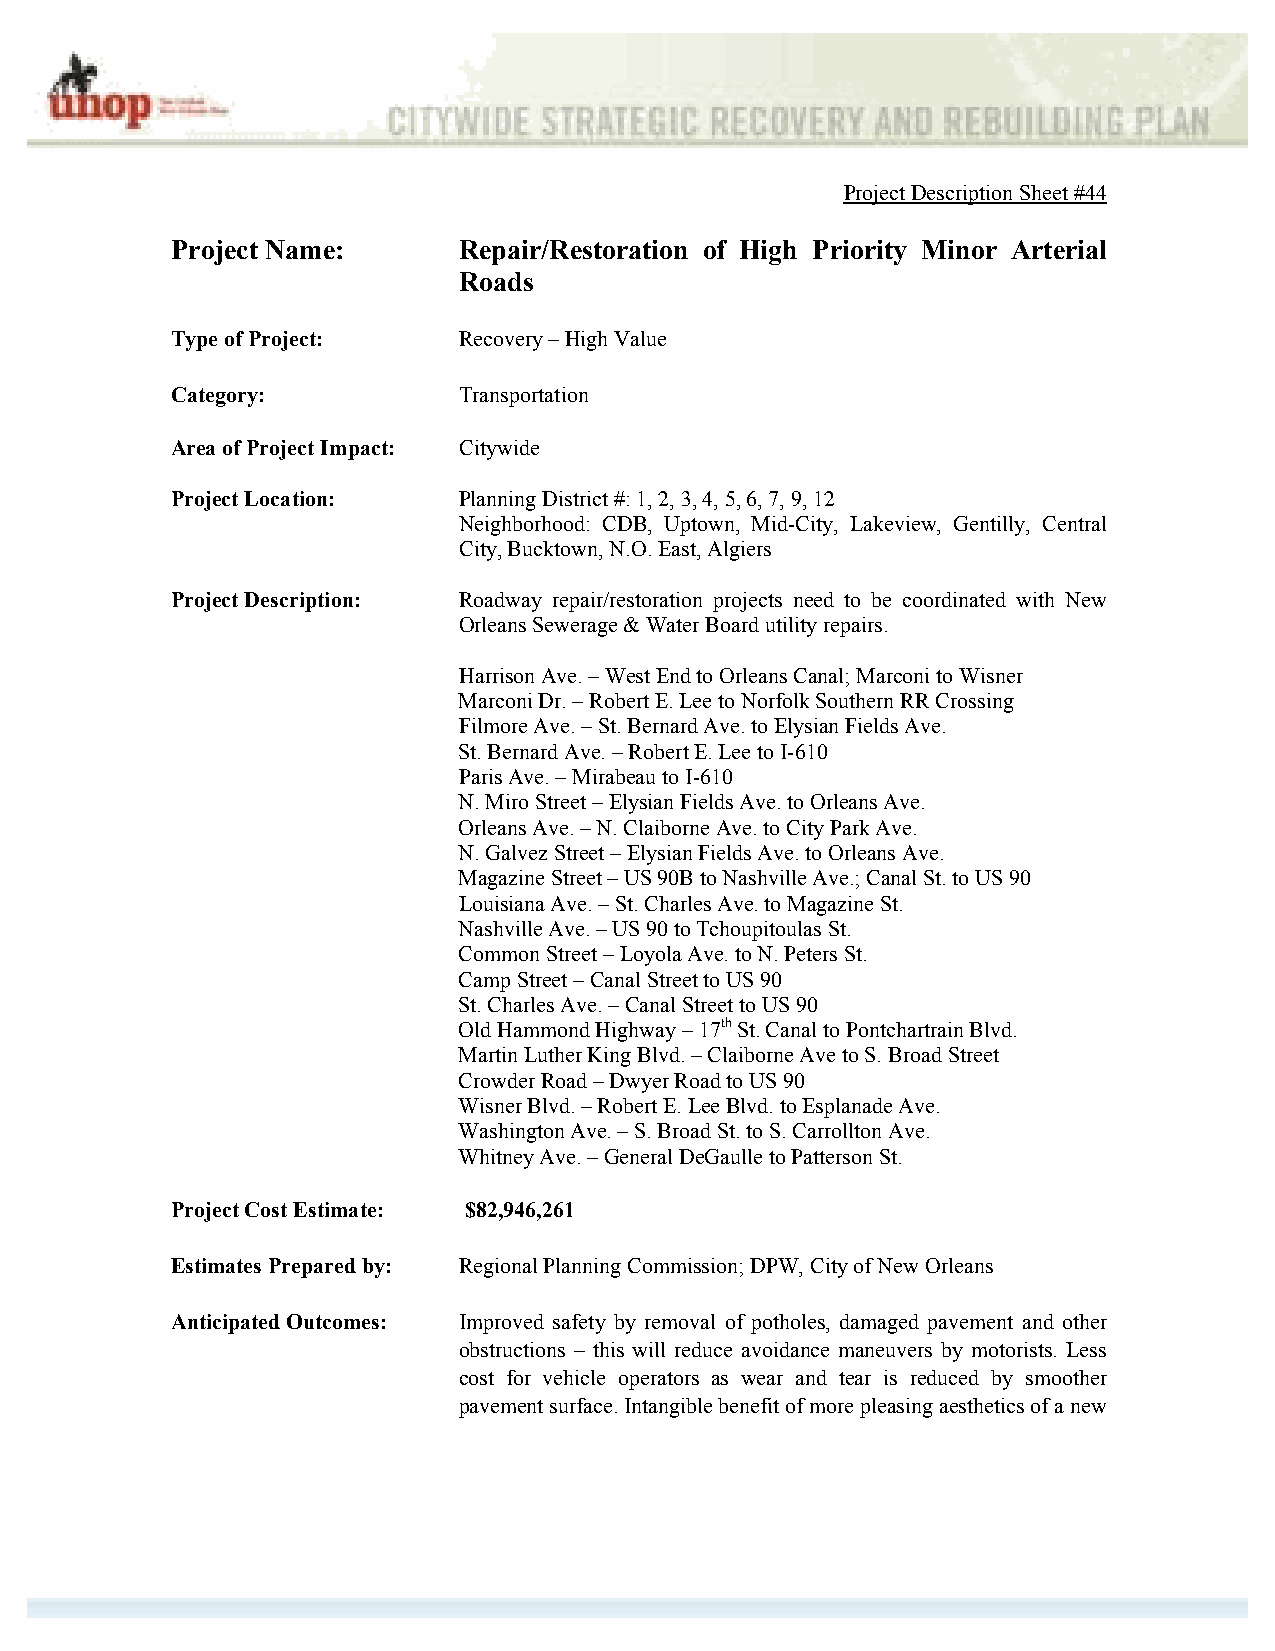
Project Description Sheet #44
 Project Name:      Repair/Restoration of High Priority Minor Arterial
 Roads
 Type of Project:   Recovery – High Value
 Category:          Transportation
 Area of Project Impact: Citywide
 Project Location:  Planning District #: 1, 2, 3, 4, 5, 6, 7, 9, 12
 Neighborhood: CDB, Uptown, Mid-City, Lakeview, Gentilly, Central
 City, Bucktown, N.O. East, Algiers
 Project Description: Roadway repair/restoration projects need to be coordinated with New
 Orleans Sewerage & Water Board utility repairs.
 Harrison Ave. – West End to Orleans Canal; Marconi to Wisner
 Marconi Dr. – Robert E. Lee to Norfolk Southern RR Crossing
 Filmore Ave. – St. Bernard Ave. to Elysian Fields Ave.
 St. Bernard Ave. – Robert E. Lee to I-610
 Paris Ave. – Mirabeau to I-610
 N. Miro Street – Elysian Fields Ave. to Orleans Ave.
 Orleans Ave. – N. Claiborne Ave. to City Park Ave.
 N. Galvez Street – Elysian Fields Ave. to Orleans Ave.
 Magazine Street – US 90B to Nashville Ave.; Canal St. to US 90
 Louisiana Ave. – St. Charles Ave. to Magazine St.
 Nashville Ave. – US 90 to Tchoupitoulas St.
 Common Street – Loyola Ave. to N. Peters St.
 Camp Street – Canal Street to US 90
 St. Charles Ave. – Canal Street to US 90
 Old Hammond Highway – 17th St. Canal to Pontchartrain Blvd.
 Martin Luther King Blvd. – Claiborne Ave to S. Broad Street
 Crowder Road – Dwyer Road to US 90
 Wisner Blvd. – Robert E. Lee Blvd. to Esplanade Ave.
 Washington Ave. – S. Broad St. to S. Carrollton Ave.
 Whitney Ave. – General DeGaulle to Patterson St.
 Project Cost Estimate: $82,946,261
 Estimates Prepared by: Regional Planning Commission; DPW, City of New Orleans
 Anticipated Outcomes: Improved safety by removal of potholes, damaged pavement and other
 obstructions – this will reduce avoidance maneuvers by motorists. Less
 cost for vehicle operators as wear and tear is reduced by smoother
 pavement surface. Intangible benefit of more pleasing aesthetics of a new